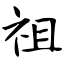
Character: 祖